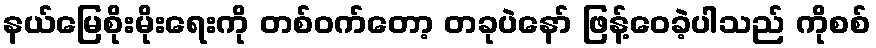
နယ်မြေစိုးမိုးရေးကို တစ်ဝက်တော့ တခုပဲနော် ဖြန့်ဝေခဲ့ပါသည် ကိုစစ်